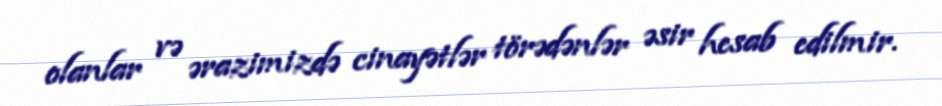
olanlar və ərazimizdə cinayətlər törədənlər əsir hesab edilmir.